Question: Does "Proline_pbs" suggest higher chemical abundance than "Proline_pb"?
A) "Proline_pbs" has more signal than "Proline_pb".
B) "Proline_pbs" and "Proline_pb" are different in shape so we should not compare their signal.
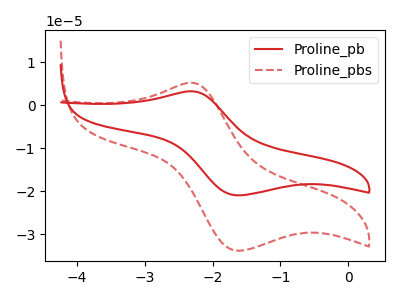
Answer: <think>The red curve "Proline_pb" has an anodic peak at (-2.30V, 3.25uA) and a cathodic peak at (-1.60V, -20.95uA). The red dashed curve "Proline_pbs" has an anodic peak at (-2.30V, 5.20uA) and a cathodic peak at (-1.60V, -33.80uA).
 All the peaks in "Proline_pbs" have a peak in "Proline_pb" at the same potential. Every peak in "Proline_pbs" is higher than every peak in "Proline_pb".</think>
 <answer>A) "Proline_pbs" has more signal than "Proline_pb".</answer>
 <eval>A</eval>